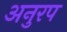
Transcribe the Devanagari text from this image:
अनुरप